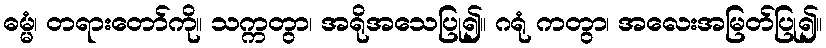
ဓမ္မံ၊ တရားတော်ကို။ သက္ကတွာ၊ အရိုအသေပြု၍။ ဂရုံ ကတွာ၊ အလေးအမြတ်ပြု၍။